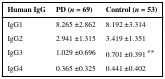
<table><thead><tr><td><b>Human IgG</b></td><td><b>PD (<i>n</i> = 69)</b></td><td><b>Control (<i>n</i> = 53)</b></td></tr></thead><tbody><tr><td>IgG1</td><td>8.265 ±2.862</td><td>8.192 ±3.314</td></tr><tr><td>IgG2</td><td>2.941 ±1.315</td><td>3.419 ±1.351</td></tr><tr><td>IgG3</td><td>1.029 ±0.696</td><td>0.701 ±0.391**</td></tr><tr><td>IgG4</td><td>0.365 ±0.325</td><td>0.441 ±0.402</td></tr></tbody></table>